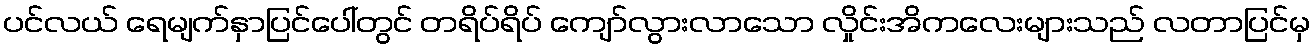
ပင်လယ် ရေမျက်နှာပြင်ပေါ်တွင် တရိပ်ရိပ် ကျော်လွားလာသော လှိုင်းအိကလေးများသည် လတာပြင်မှ